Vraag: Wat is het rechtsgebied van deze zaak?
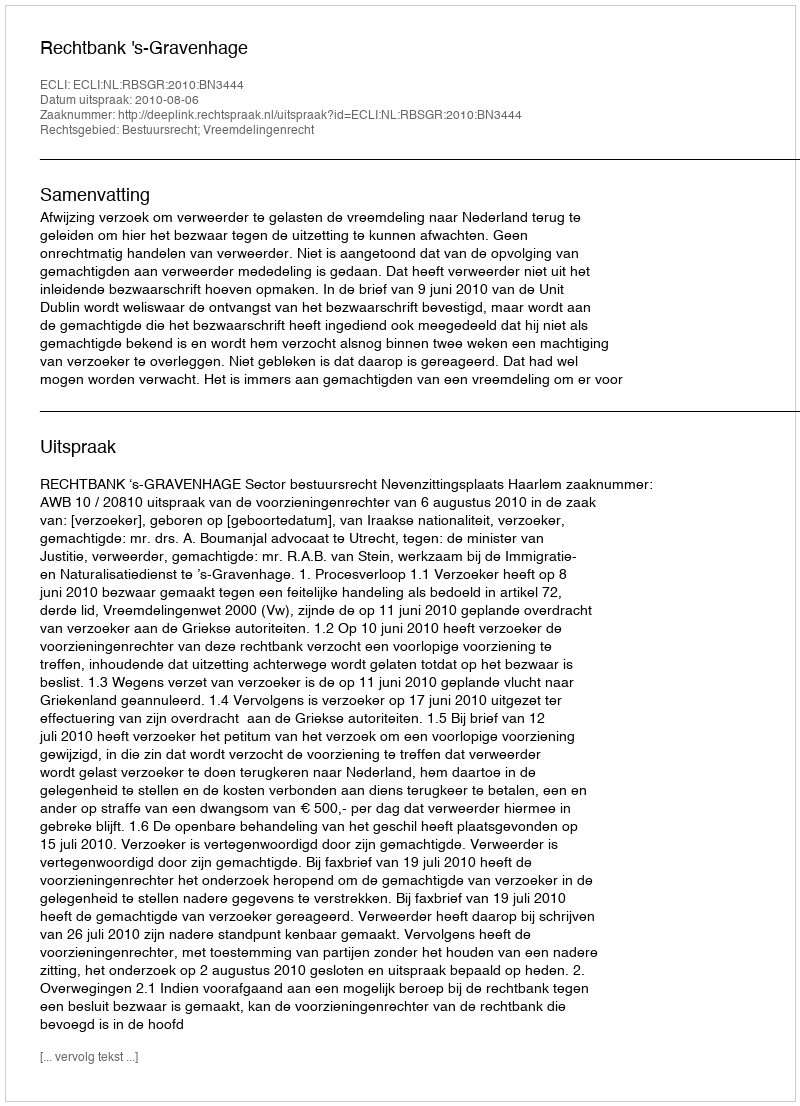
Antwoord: Bestuursrecht; Vreemdelingenrecht